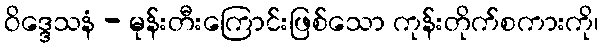
ဝိဒ္ဒေသနံ - မုန်းတီးကြောင်းဖြစ်သော ကုန်းတိုက်စကားကို၊